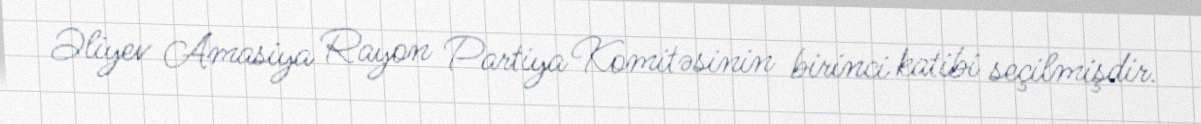
Əliyev Amasiya Rayon Partiya Komitəsinin birinci katibi seçilmişdir.